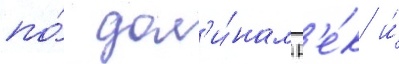
по́ дол'и́нам р'е́к и́